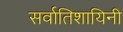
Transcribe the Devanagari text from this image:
सर्वातिशायिनी